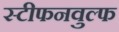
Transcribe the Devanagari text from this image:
स्टीफनवुल्फ